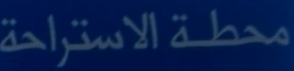
محطة الاستراحة